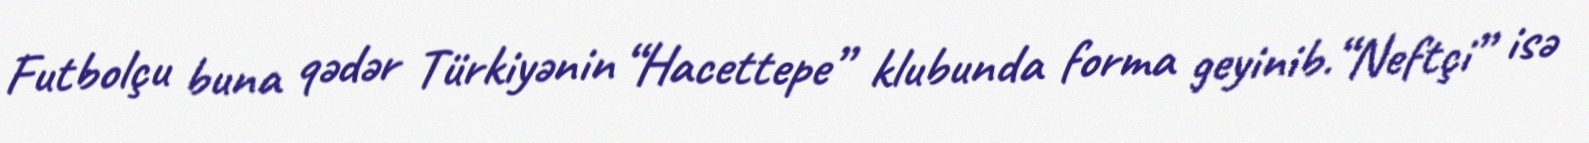
Futbolçu buna qədər Türkiyənin “Hacettepe” klubunda forma geyinib.“Neftçi” isə